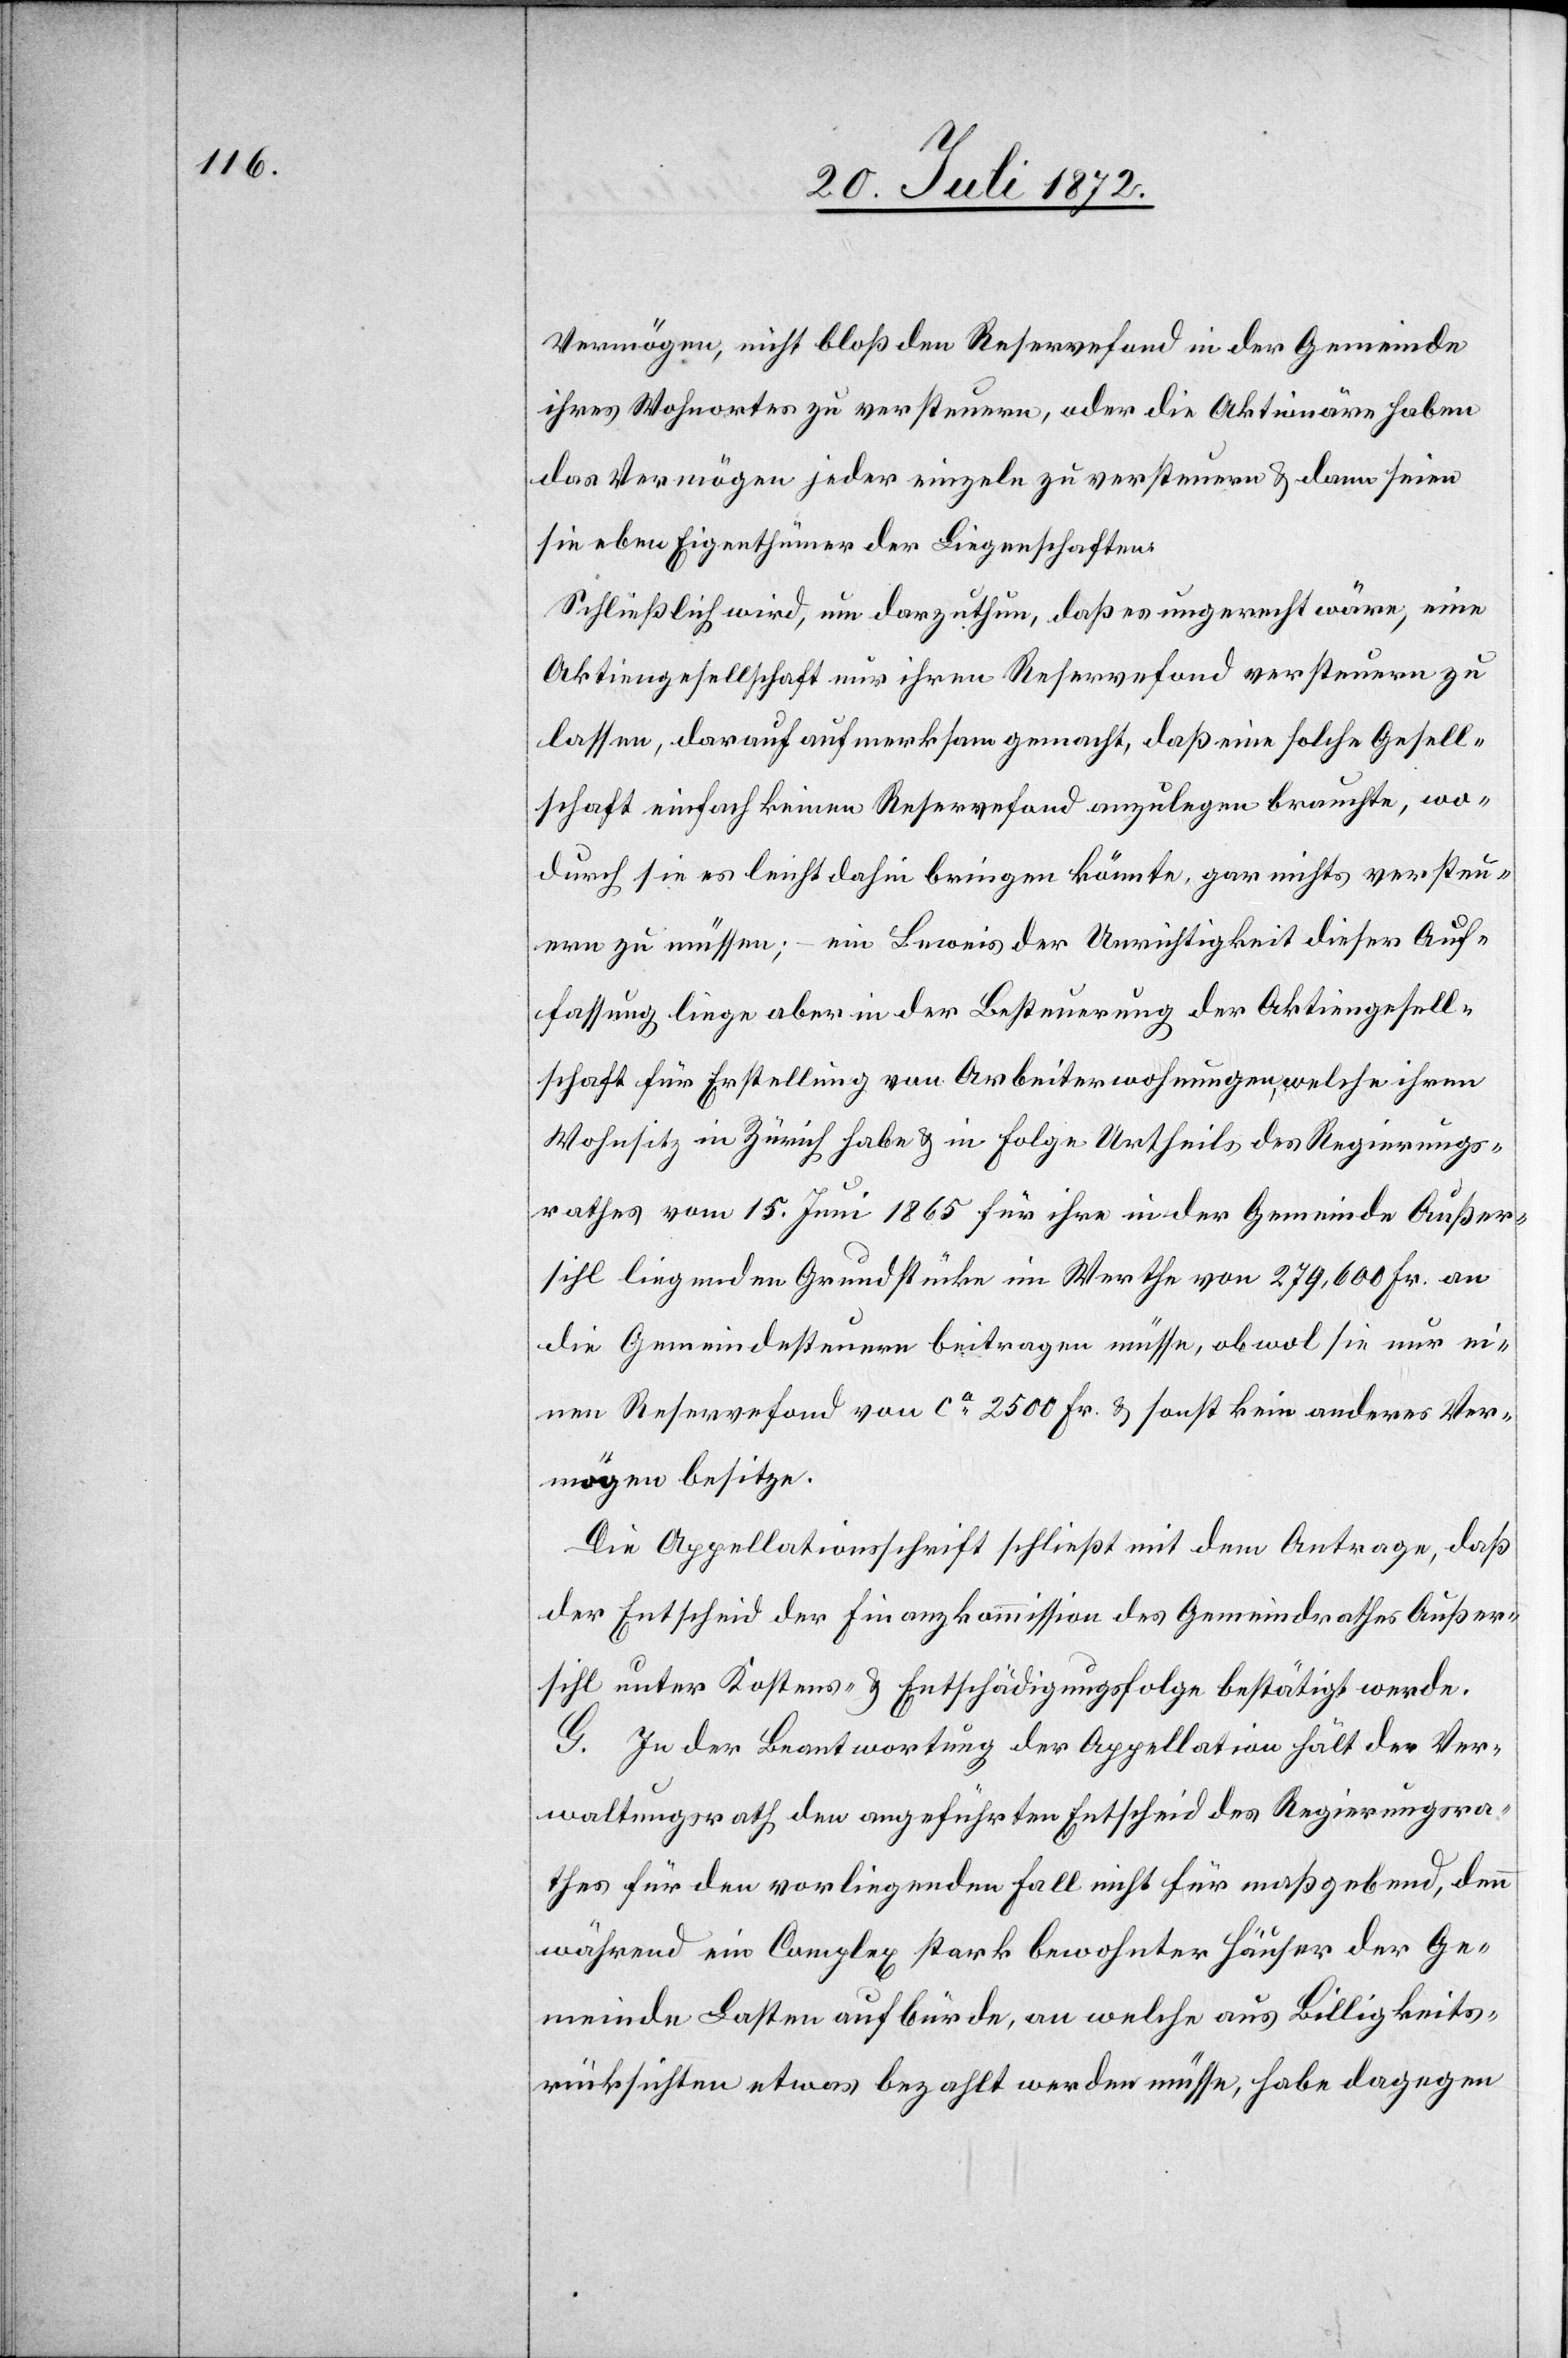
Vermögen, nicht bloß den Reservefond in der Gemeinde
ihres Wohnortes zu versteuern, oder die Aktionäre haben
das Vermögen jeder einzeln zu versteuern u. dann seien
sie eben Eigenthümer der Liegenschaften.
Schließlich wird, um darzuthun, daß es ungerecht wäre, eine
Aktiengesellschaft nur ihren Reservefond versteuern zu
lassen, darauf aufmerksam gemacht, daß eine solche Gesell¬
schaft einfach keinen Reservefond anzulegen brauchte, wo¬
durch sie es leicht dahin bringen könnte, gar nichts versteu¬
ern zu müssen; – ein Beweis der Unrichtigkeit dieser Auf¬
fassung liege aber in der Besteuerung der Aktiengesell¬
schaft für Erstellung von Arbeiterwohnungen, welche ihren
Wohnsitz in Zürich habe u. in Folge Urtheils des Regierungs¬
rathes vom 15. Juni 1865 für ihre in der Gemeinde Außer¬
sihl liegenden Grundstücke im Werthe von 279,600 Fr. an
die Gemeindesteuern beitragen müsse, obwol sie nur ei¬
nen Reservefond von ca 2500 Fr. u. sonst kein anderes Ver¬
mögen besitze.
Die Appellationsschrift schließt mit dem Antrage, daß
der Entscheid der Finanzkommission des Gemeindrathes Außer¬
sihl unter Kostens- u. Entschädigungsfolge bestätigt werde.
G. In der Beantwortung der Appellation hält der Ver¬
waltungsrath den angeführten Entscheid des Regierungsra¬
thes für den vorliegenden Fall nicht für maßgebend, denn
während ein Complex stark bewohnter Häuser der Ge¬
meinde Lasten aufbürde, an welche aus Billigkeits¬
rücksichten etwas bezahlt werden müsse, habe dagegen